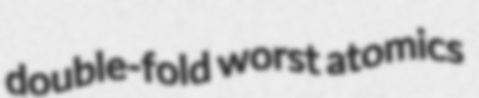
double-fold worst atomics